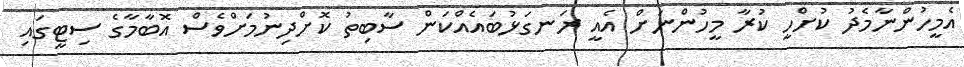
އެމީހުންނާމެދު ކުށްހީ ކުރާ މީހުންނަށް އެއީ ރަނގަޅުބައެއްކަން ސާބިތު ކޮށްދިނުމަށްވެސް އޮބާމާގެ ސިޓީގައި